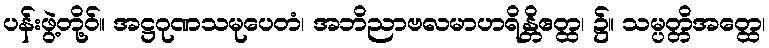
ပန်းဖွဲ့တို့ဝ်။ အဋ္ဌဂုဏသမုပေတံ၊ အဘိညာဗလမာဟရိန္တိဧတ္ထ၊ ၌။ သမ္ပတ္တိအတ္ထေ၊